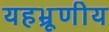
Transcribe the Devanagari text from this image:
यहभ्रूणीय